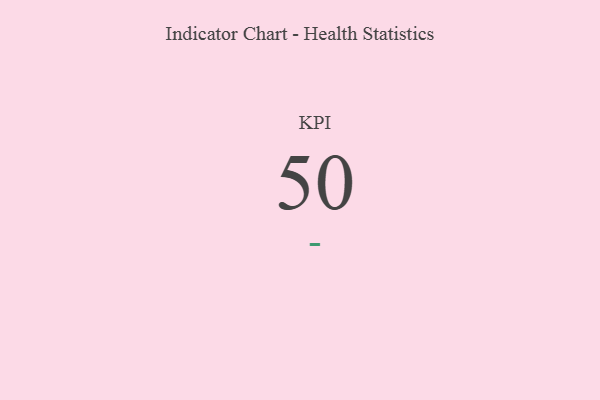
{"axis": {"x": "KPI", "y": "Value"}, "legend": [""], "data": [{"x": "KPI", "y": 50, "type": ""}]}